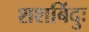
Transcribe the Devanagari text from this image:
शशबिंदुः